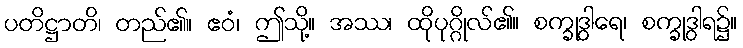
ပတိဋ္ဌာတိ၊ တည်၏။ ဧဝံ၊ ဤသို့။ အဿ၊ ထိုပုဂ္ဂိုလ်၏။ စက္ခုဒွါရေ၊ စက္ခုဒွါရ၌။